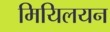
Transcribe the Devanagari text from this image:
मियिलयन